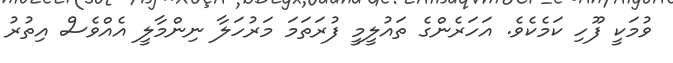
ވުމަކީ ފޫހި ކަމެކެވެ. އަހަރެންގެ ތައުލީމީ ފުރަތަމަ މަރުހަލާ ނިންމާލީ އެއްވެސް އިތުރު